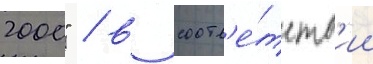
2000" / в соотв'е́тств'ии